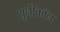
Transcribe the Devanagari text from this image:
यूनीकॉन